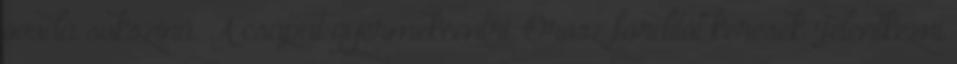
óvoda sokszínű. A csapat gyermekcentri. Orosz fordítót keresek Jelentkezni